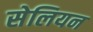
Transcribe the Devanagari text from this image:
सेलियन